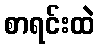
စာရင်းထဲ